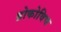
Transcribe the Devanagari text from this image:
ब्रोकोविच